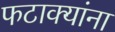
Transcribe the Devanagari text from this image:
फटाक्यांना